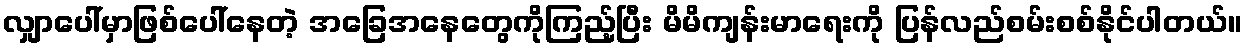
လျှာပေါ်မှာဖြစ်ပေါ်နေတဲ့ အခြေအနေတွေကိုကြည့်ပြီး မိမိကျန်းမာရေးကို ပြန်လည်စမ်းစစ်နိုင်ပါတယ်။